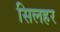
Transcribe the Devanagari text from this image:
सिलहर